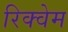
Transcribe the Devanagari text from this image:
रिक्वेम